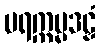
ပရက္ကမ္မဒဠှံ